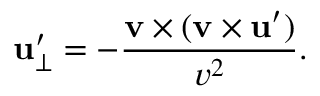
\mathbf { u } _ { \perp } ^ { \prime } = - { \frac { \mathbf { v } \times ( \mathbf { v } \times \mathbf { u } ^ { \prime } ) } { v ^ { 2 } } } .